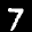
Label: 7